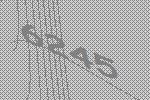
6245